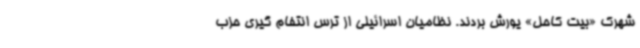
شهرک «بیت کاحل» یورش بردند. نظامیان اسرائیلی از ترس انتفام گیری حزب